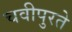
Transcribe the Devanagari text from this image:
चवीपुरते